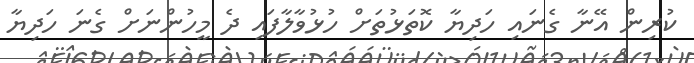
ކުރިން އޭނާ ގެނައި ހަދިޔާ ކޮތަޅުތަށް ހުޅުވާލާފައި ދެ މީހުންނަށް ގެނަ ހަދިޔާ